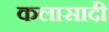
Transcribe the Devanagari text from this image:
कलासादी